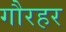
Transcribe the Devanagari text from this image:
गौरहर